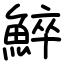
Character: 䱣